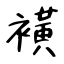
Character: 𧝒